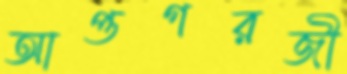
আপ্তগরজী